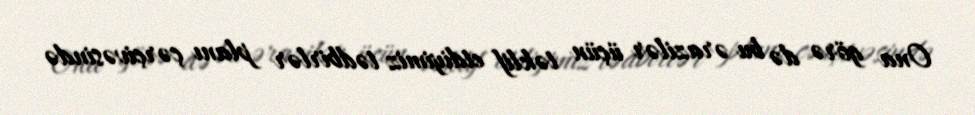
Ona görə də bu ərazilər üçün təklif etdiyimiz tədbirlər planı çərçivəsində